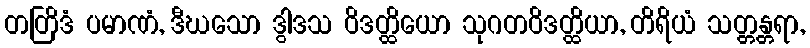
တတြိဒံ ပမာဏံ, ဒီဃသော ဒွါဒသ ဝိဒတ္ထိယော သုဂတဝိဒတ္ထိယာ, တိရိယံ သတ္တန္တရာ,